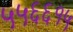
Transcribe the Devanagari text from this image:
५५६६१५